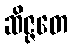
ဆိဇ္ဇတေ